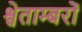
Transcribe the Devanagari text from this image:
श्वेताम्बरों